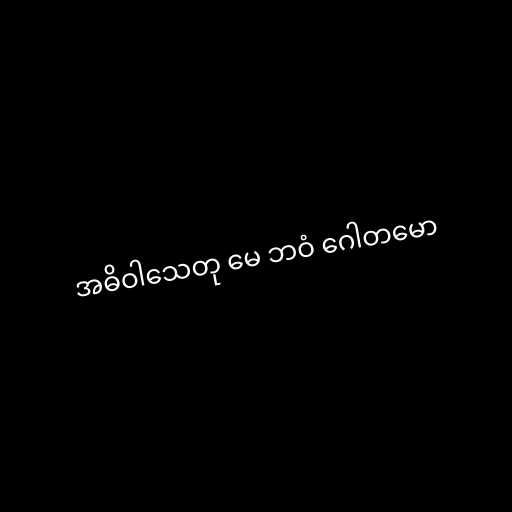
အဓိဝါသေတု မေ ဘဝံ ဂေါတမော